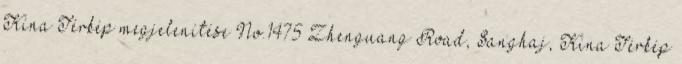
Kína Térkép megjelenítése No.1475 Zhenguang Road, Sanghaj, Kína Térkép